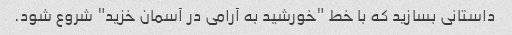
داستانی بسازید که با خط "خورشید به آرامی در آسمان خزید" شروع شود.